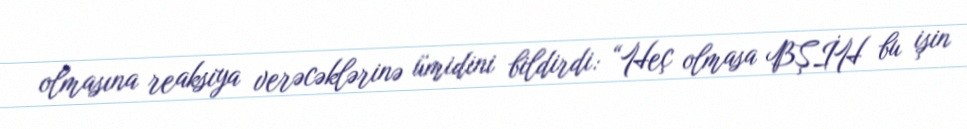
olmasına reaksiya verəcəklərinə ümidini bildirdi: “Heç olmasa BŞİH bu işin